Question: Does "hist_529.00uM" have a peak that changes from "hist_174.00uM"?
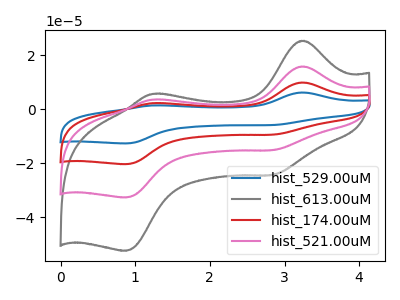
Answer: <think>The blue curve "hist_529.00uM" has anodic peaks at (3.25V, 47.35uA) (1.25V, 10.55uA) and cathodic peaks at (2.85V, -45.55uA) (0.90V, -98.05uA). The gray curve "hist_613.00uM" has anodic peaks at (3.25V, 25.30uA) (1.25V, 5.65uA) and cathodic peaks at (2.85V, -24.35uA) (0.90V, -52.40uA). The red curve "hist_174.00uM" has anodic peaks at (3.25V, 31.55uA) (1.25V, 7.05uA) and cathodic peaks at (2.85V, -30.35uA) (0.90V, -65.35uA). The pink curve "hist_521.00uM" has anodic peaks at (3.25V, 15.80uA) (1.25V, 3.50uA) and cathodic peaks at (2.85V, -15.20uA) (0.90V, -32.70uA).
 All the peaks in "hist_529.00uM" have a peak in "hist_174.00uM" at the same potential. Every peak in "hist_529.00uM" is higher than every peak in "hist_174.00uM".</think>
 <answer>No, "hist_529.00uM" and "hist_174.00uM" don't appear to be significantly different in shape</answer>
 <eval>no_change</eval>